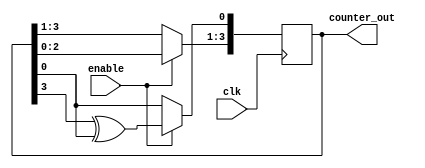
module Johnson_Counter_with_Enable (
    input wire clk,
    input wire enable,
    output reg [3:0] counter_out
);

reg [3:0] counter_reg;

always @(posedge clk) begin
    if (enable) begin
        counter_reg <= counter_reg << 1;
        counter_reg[0] <= counter_reg[3] ^ counter_reg[0];
    end
end

assign counter_out = counter_reg;

endmodule